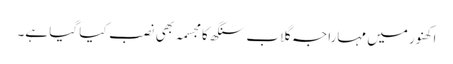
اکھنور میں مہاراجہ گلاب سنگھ کا مجسمہ بھی نصب کیا گیا ہے۔